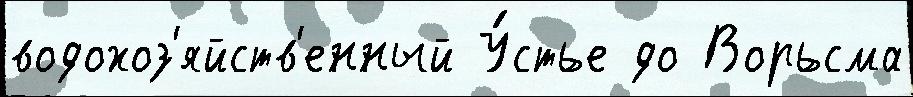
водохоз'яйств'енный У́стье до Ворьсма